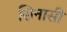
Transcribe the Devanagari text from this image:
सिनासी